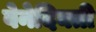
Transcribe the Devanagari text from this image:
वेनेदिक्ती